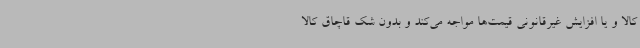
کالا و یا افزایش غیرقانونی قیمت‌ها مواجه می‌کند و بدون شک قاچاق کالا